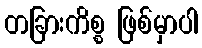
တခြားကိစ္စ ဖြစ်မှာပါ